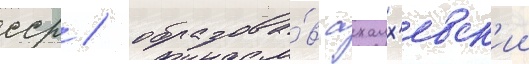
сср / образова́в ахалх'евск'ии